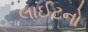
લાઈટનો